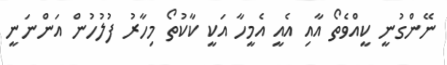
ނޭންގުނީ ކީއްވެތޯ އާއި އެއީ އެމީހާ އަކީ ކާކުތޯ މިހާރު ފުލުހުން އަންނަނީ